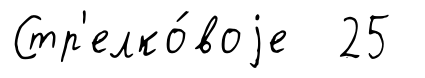
Стр'елко́воjе 25